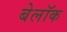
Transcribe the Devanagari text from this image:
बेलॉक